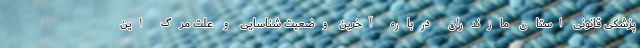
پزشکی قانونی استان مازندران درباره آخرین وضعیت شناسایی و علت مرگ این